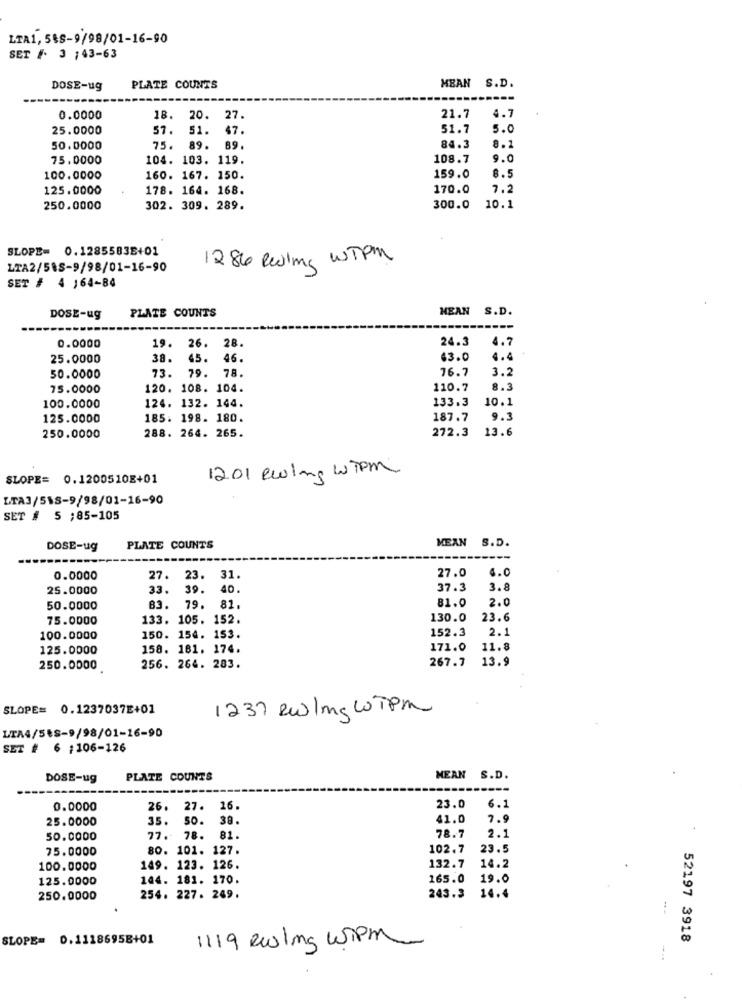
LTA1, 588-9/98/01-16-90
SET # 3 ;43-63
DOSE-ug
PLATE COUNTS
MEAN S.D.
0.0000
18.
20.
27.
21.7
4.7
25.0000
57.
51.
47.
51.7
5.0
50.0000
75.
89.
89
84.3
8.1
75.0000
104. 103. 119.
108.7
9.0
100.0000
160. 167. 150.
159.0
8.5
125.0000
178. 164. 168.
170.0
7.2
250.0000
302. 309. 289.
300.0
10.1
SLOPE= 0.1285583E+01
1286 Peiling WTPM
LTA2/585-9/98/01-16-90
SET # 4 164-84
PLATE COUNTS
MEAN S.D.
DOSE-ug
24.3
4.7
0.0000
19. 26. 28.
25.0000
38.
45.
46.
43.0
4.4
76.7
3.2
50.0000
73.
79. 78.
75.0000
120. 108. 104.
110.7
8.3
124. 132. 144.
133.3
10.1
100.0000
125.0000
185. 198. 180.
187.7
9.3
272.3
13.6
250.0000
288. 264. 265.
1201 ewing WTPm
SLOPE= 0.1200510E+01
LTA3/5\S-9/98/01-16-90
SET # 5 ;85-105
MEAN
S.D.
DOSE-ug
PLATE COUNTS
0.0000
27. 23. 31.
27.0
4.0
25.0000
33.
39.
40.
37.3
3.8
81.0
2.0
50.0000
83.
79.
81.
75.0000
133. 105. 152.
130.0
23.6
152.3
2.1
100.0000
150. 154. 153.
125.0000
158. 161. 174.
171.0
11.8
267.7
13.9
250.0000
256. 264. 283.
SLOPE= 0.1237037E+01
1237 Rw/mg WTpm
LTA4/5ES-9/98/01-16-90
SET # 6 ;106-126
DOSE-ug
PLATE COUNTS
MEAN S.D.
0.0000
26.
27.
16.
23.0
6.1
25.0000
35. 50.
38.
41.0
7.9
2.1
50.0000
77. 78.
81.
78.7
75.0000
80. 101. 127.
102.7
23.5
100.0000
149. 123. 126.
132.7
14.2
125.0000
144. 181. 170.
165.0
19.0
250.0000
254. 227. 249.
243.3
14.4
SLOPE= 0.11186958+01
52197 3918
1119 Ruling Wpm